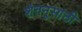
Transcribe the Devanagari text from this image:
शंतनूसाठी